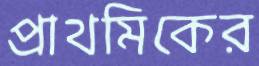
প্রাথমিকের